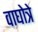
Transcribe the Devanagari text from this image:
वाघोत्रे